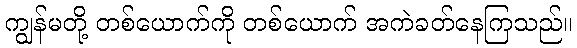
ကျွန်မတို့ တစ်ယောက်ကို တစ်ယောက် အကဲခတ်နေကြသည်။